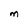
Character: M